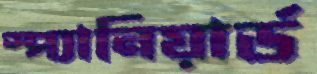
স্প্যানিয়ার্ড